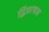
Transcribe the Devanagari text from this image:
द्विप्राचल